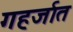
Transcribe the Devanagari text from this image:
गहर्जात